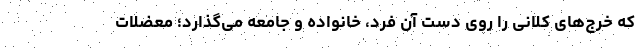
که خرج‌های کلانی را روی دست آن فرد، خانواده و جامعه می‌گذارد؛ معضلات